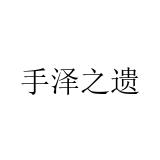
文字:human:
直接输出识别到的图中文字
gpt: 手泽之遗